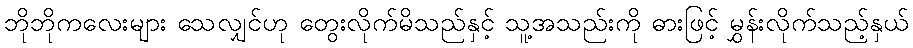
ဘိုဘိုကလေးများ သေလျှင်ဟု တွေးလိုက်မိသည်နှင့် သူ့အသည်းကို ဓားဖြင့် မွှန်းလိုက်သည့်နှယ်